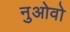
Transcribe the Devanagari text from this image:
नुओवो